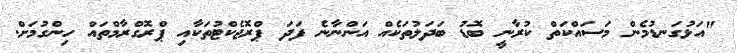
"އަޅުގަނޑުމެން މަސައްކަތް ކުރާނީ ބޮޑު ބަދަލުތަކެއް އަންނާނެ ފަދަ ޕްރޮޖެކްޓުތަކާއި ޕްރޮގްރާމްތައް ހިންގުމަށް.